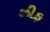
ઝીફ